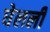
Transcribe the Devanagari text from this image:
घेलली